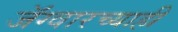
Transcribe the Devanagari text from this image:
जॅग्वारच्याही